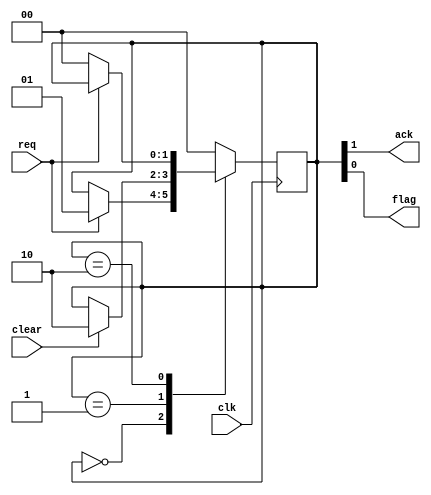
/*
Copyright 2011, The Regents of the University of California.
All rights reserved.

Redistribution and use in source and binary forms, with or without
modification, are permitted provided that the following conditions are met:

   1. Redistributions of source code must retain the above copyright notice,
      this list of conditions and the following disclaimer.

   2. Redistributions in binary form must reproduce the above copyright notice,
      this list of conditions and the following disclaimer in the documentation
      and/or other materials provided with the distribution.

THIS SOFTWARE IS PROVIDED BY THE REGENTS OF THE UNIVERSITY OF CALIFORNIA ''AS
IS'' AND ANY EXPRESS OR IMPLIED WARRANTIES, INCLUDING, BUT NOT LIMITED TO, THE
IMPLIED WARRANTIES OF MERCHANTABILITY AND FITNESS FOR A PARTICULAR PURPOSE ARE
DISCLAIMED. IN NO EVENT SHALL THE REGENTS OF THE UNIVERSITY OF CALIFORNIA OR
CONTRIBUTORS BE LIABLE FOR ANY DIRECT, INDIRECT, INCIDENTAL, SPECIAL,
EXEMPLARY, OR CONSEQUENTIAL DAMAGES (INCLUDING, BUT NOT LIMITED TO, PROCUREMENT
OF SUBSTITUTE GOODS OR SERVICES; LOSS OF USE, DATA, OR PROFITS; OR BUSINESS
INTERRUPTION) HOWEVER CAUSED AND ON ANY THEORY OF LIABILITY, WHETHER IN
CONTRACT, STRICT LIABILITY, OR TORT (INCLUDING NEGLIGENCE OR OTHERWISE) ARISING
IN ANY WAY OUT OF THE USE OF THIS SOFTWARE, EVEN IF ADVISED OF THE POSSIBILITY
OF SUCH DAMAGE.

The views and conclusions contained in the software and documentation are those
of the authors and should not be interpreted as representing official policies,
either expressed or implied, of The Regents of the University of California.
*/

// Language: Verilog-2001

`timescale 1 ns / 1 ps

/*
 * Allows messages to be passed synchronously from a master to a slave by
 * using an alternating sequence of request (req) and acknowledgement (ack)
 * levels.
 *
 * State 1: (~req,~ack) Master writes data to associated data bus
 * State 2: ( req,~ack) Master asserts req
 * State 3: ( req, ack) Slave reads data from associated data bus
 * State 4: (~req, ack) Master deasserts req
 *
 * Ref: http://www.cl.cam.ac.uk/~djg11/wwwhpr/fourphase/fourphase.html
 */
module sync_4phase_handshake_slave (
    output wire ack,
    input wire clear,
    input wire clk,
    output wire flag,
    input wire req
);

/*
 * The outputs are encoded in the state register.
 */
localparam [1:0]
    STATE_0 = 2'b00,
    STATE_1 = 2'b01,
    STATE_2 = 2'b10;
reg [1:0] state_reg = STATE_0, state_next;
always @* begin
    state_next = state_reg;
    case (state_reg)
        STATE_0: if (req) state_next = STATE_1;
        STATE_1: if (clear) state_next = STATE_2;
        STATE_2: if (~req) state_next = STATE_0;
        default: state_next = STATE_0; // should not happen
    endcase
end
always @(posedge clk) state_reg <= state_next;

assign ack = state_reg[1];
assign flag = state_reg[0];

endmodule